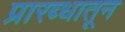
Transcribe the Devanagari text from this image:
प्रारब्धातून